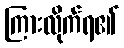
ကြားလိုက်ရ၏